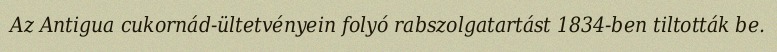
Az Antigua cukornád-ültetvényein folyó rabszolgatartást 1834-ben tiltották be.